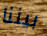
بيننا